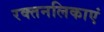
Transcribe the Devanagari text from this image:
रक्तनलिकाएं